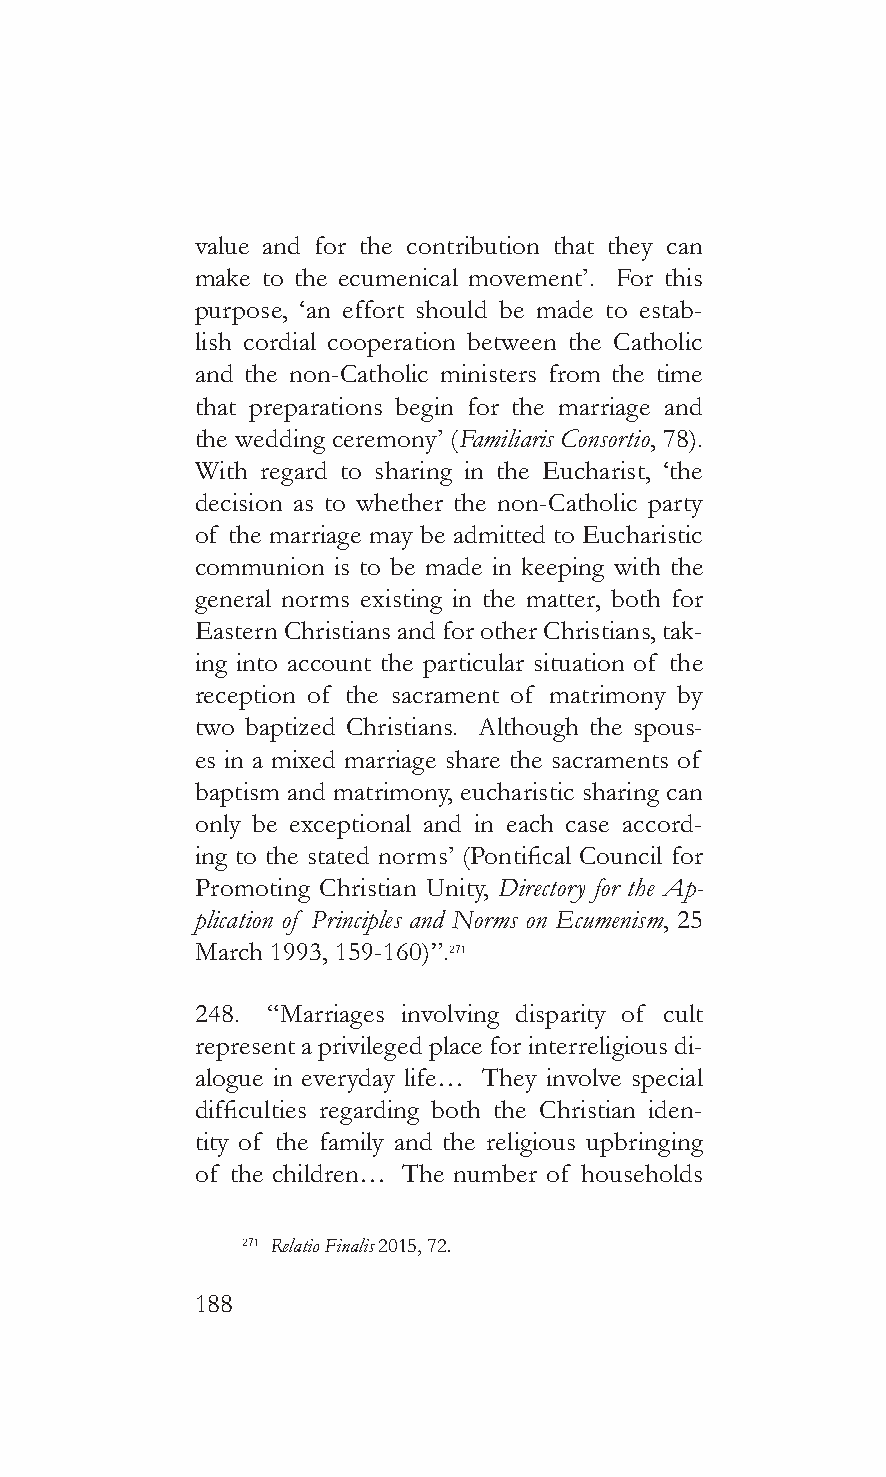
value and for the contribution that they can
 make to the ecumenical movement’. For this
 purpose, ‘an effort should be made to estab-
 lish cordial cooperation between the Catholic
 and the non-Catholic ministers from the time
 that preparations begin for the marriage and
 the wedding ceremony’ (Familiaris Consortio, 78).
 With regard to sharing in the Eucharist, ‘the
 decision as to whether the non-Catholic party
 of the marriage may be admitted to Eucharistic
 communion is to be made in keeping with the
 general norms existing in the matter, both for
 Eastern Christians and for other Christians, tak-
 ing into account the particular situation of the
 reception of the sacrament of matrimony by
 two baptized Christians. Although the spous-
 es in a mixed marriage share the sacraments of
 baptism and matrimony, eucharistic sharing can
 only be exceptional and in each case accord-
 ing to the stated norms’ (Pontifical Council for
 Promoting Christian Unity, Directory for the Ap-
 plication of Principles and Norms on Ecumenism, 25
 March 1993, 159-160)”.271
 248. “Marriages involving disparity of cult
 represent a privileged place for interreligious di-
 alogue in everyday life… They involve special
 difficulties regarding both the Christian iden-
 tity of the family and the religious upbringing
 of the children… The number of households
 271 Relatio Finalis 2015, 72.
 188